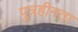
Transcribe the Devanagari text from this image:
पुत्रहीनता